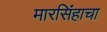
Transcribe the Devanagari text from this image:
मारसिंहाचा